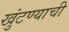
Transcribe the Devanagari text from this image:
खुंटण्याची